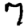
Digit: 7